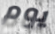
يوم